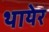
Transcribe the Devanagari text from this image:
थायेर